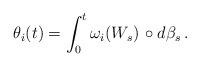
LaTeX: \begin{align*} \theta_i(t) = \int_{0}^{t} \omega_i(W_s) \, \circ d\beta_s\,. \end{align*}